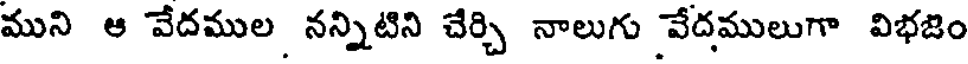
ముని ఆ వేదముల నన్నిటిని చేర్చి నాలుగు వేదములుగా విభజిం